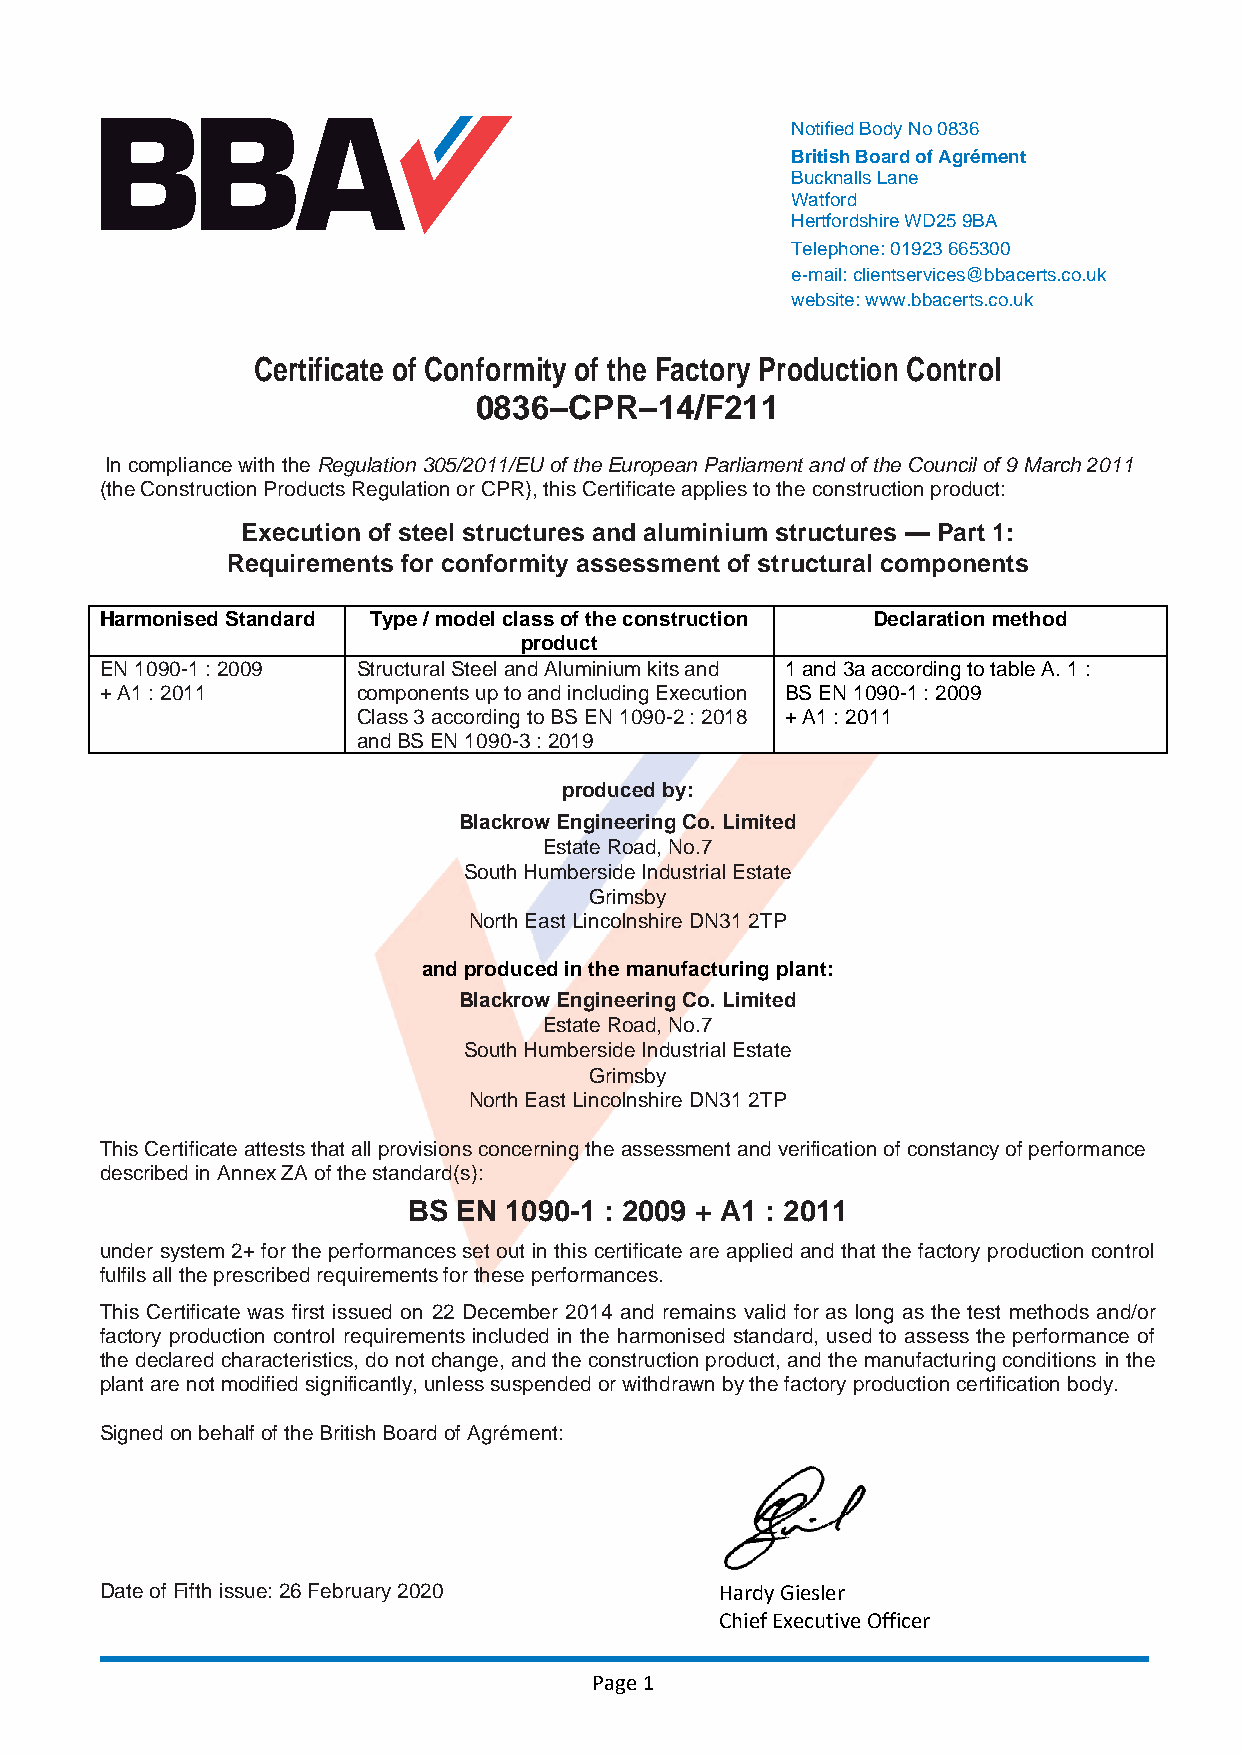
Notified Body No 0836
 British Board of Agrément
 Bucknalls Lane
 Watford
 Hertfordshire WD25 9BA
 Telephone: 01923 665300
 e-mail: clientservices@bbacerts.co.uk
 website: www.bbacerts.co.uk
 Certificate of Conformity of the Factory Production Control
 0836–CPR–14/F211
 In compliance with the Regulation 305/2011/EU of the European Parliament and of the Council of 9 March 2011
 (the Construction Products Regulation or CPR), this Certificate applies to the construction product:
 Execution of steel structures and aluminium structures — Part 1:
 Requirements for conformity assessment of structural components
 Harmonised Standard Type / model class of the construction Declaration method
 product
 EN 1090-1 : 2009 Structural Steel and Aluminium kits and 1 and 3a according to table A. 1 :
 + A1 : 2011      components up to and including Execution BS EN 1090-1 : 2009
 Class 3 according to BS EN 1090-2 : 2018 + A1 : 2011
 and BS EN 1090-3 : 2019
 produced by:
 Blackrow Engineering Co. Limited
 Estate Road, No.7
 South Humberside Industrial Estate
 Grimsby
 North East Lincolnshire DN31 2TP
 and produced in the manufacturing plant:
 Blackrow Engineering Co. Limited
 Estate Road, No.7
 South Humberside Industrial Estate
 Grimsby
 North East Lincolnshire DN31 2TP
 This Certificate attests that all provisions concerning the assessment and verification of constancy of performance
 described in Annex ZA of the standard(s):
 BS EN 1090-1 : 2009 + A1 : 2011
 under system 2+ for the performances set out in this certificate are applied and that the factory production control
 fulfils all the prescribed requirements for these performances.
 This Certificate was first issued on 22 December 2014 and remains valid for as long as the test methods and/or
 factory production control requirements included in the harmonised standard, used to assess the performance of
 the declared characteristics, do not change, and the construction product, and the manufacturing conditions in the
 plant are not modified significantly, unless suspended or withdrawn by the factory production certification body.
 Signed on behalf of the British Board of Agrément:
 Date of Fifth issue: 26 February 2020    Hardy Giesler
 Chief Executive Officer
 Page 1